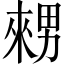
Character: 𤳇